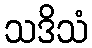
သဒိသံ